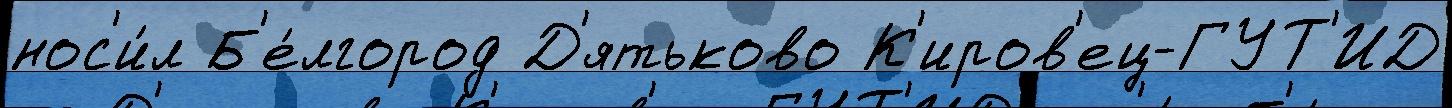
нос'и́л Б'е́лгород Д'ятьково К'иров'ец-ГУТ'ИД